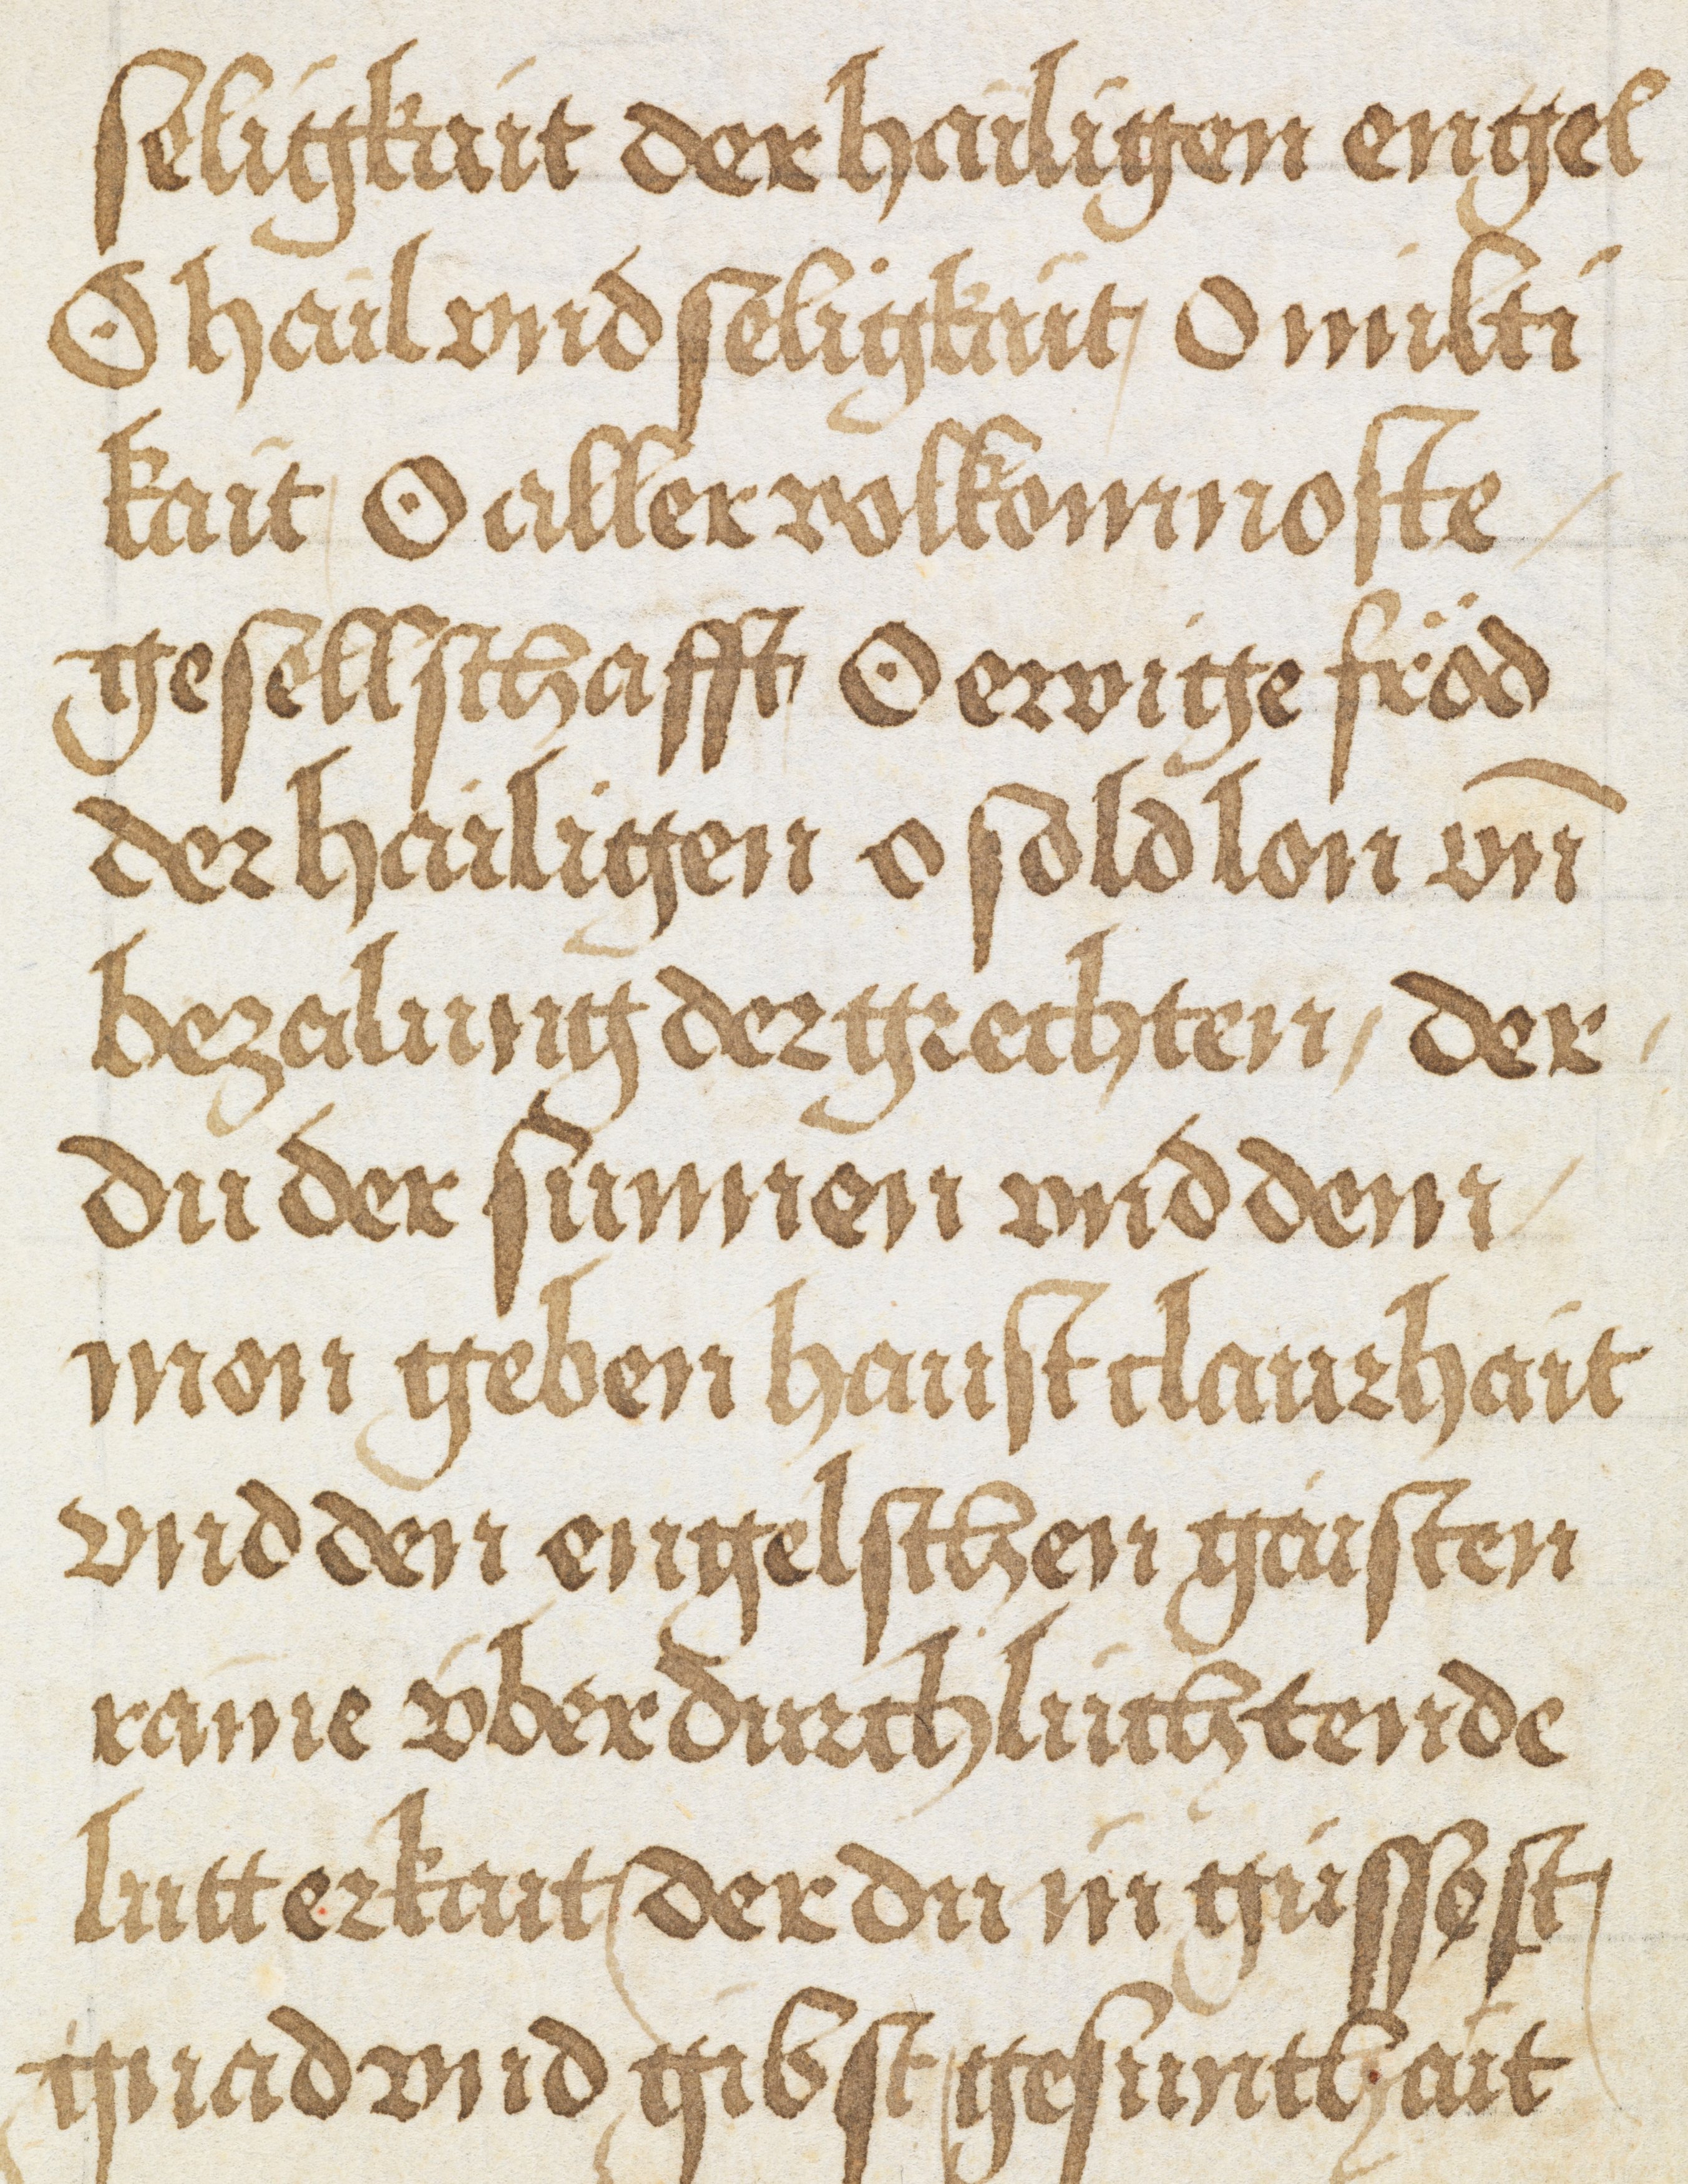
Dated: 1500–1524